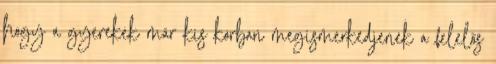
hogy a gyerekek már kis korban megismerkedjenek a felelős